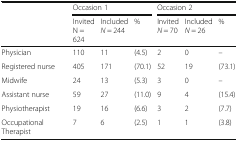
<table><thead><tr><td></td><td colspan="3"><b>Occasion 1</b></td><td colspan="3"><b>Occasion 2</b></td></tr><tr><td></td><td><b>InvitedN = 624</b></td><td><b>Included<i>N</i> = 244</b></td><td><b>%</b></td><td><b>Invited<i>N</i> = 70</b></td><td><b>Included<i>N</i> = 26</b></td><td><b>%</b></td></tr></thead><tbody><tr><td>Physician</td><td>110</td><td>11</td><td>(4.5)</td><td>2</td><td>0</td><td>–</td></tr><tr><td>Registered nurse</td><td>405</td><td>171</td><td>(70.1)</td><td>52</td><td>19</td><td>(73.1)</td></tr><tr><td>Midwife</td><td>24</td><td>13</td><td>(5.3)</td><td>3</td><td>0</td><td>–</td></tr><tr><td>Assistant nurse</td><td>59</td><td>27</td><td>(11.0)</td><td>9</td><td>4</td><td>(15.4)</td></tr><tr><td>Physiotherapist</td><td>19</td><td>16</td><td>(6.6)</td><td>3</td><td>2</td><td>(7.7)</td></tr><tr><td>Occupational Therapist</td><td>7</td><td>6</td><td>(2.5)</td><td>1</td><td>1</td><td>(3.8)</td></tr></tbody></table>